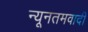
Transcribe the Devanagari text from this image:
न्यूनतमवादी